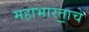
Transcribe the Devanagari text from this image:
महाभारता॒चे